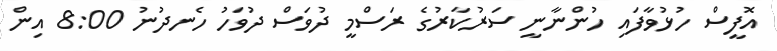
އޮފީސް ހުޅުވާފައި ހުންނާނީ ސަރުކާރުގެ ރަސްމީ ދުވަސް ދުވަހު ހެނދުނު 8:00 އިން